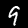
Label: 9